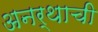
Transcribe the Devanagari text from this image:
अनर्थाची